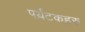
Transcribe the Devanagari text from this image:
पर्य़टकहरु